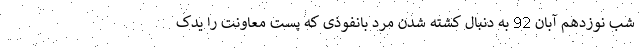
شب نوزدهم آبان 92 به دنبال کشته شدن مرد بانفوذی که پست معاونت را یدک